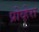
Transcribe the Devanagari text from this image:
प्रोव्हेरा